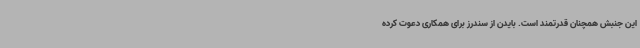
این جنبش همچنان قدرتمند است. بایدن از سندرز برای همکاری دعوت کرده